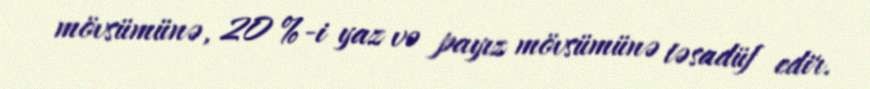
mövsümünə, 20 %-i yaz və payız mövsümünə təsadüf edir.